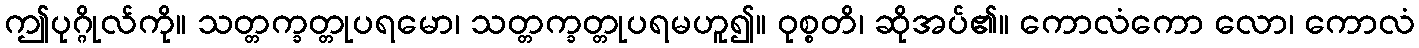
ဤပုဂ္ဂိုလ်ကို။ သတ္တက္ခတ္တုပရမော၊ သတ္တက္ခတ္တုပရမဟူ၍။ ဝုစ္စတိ၊ ဆိုအပ်၏။ ကောလံကော လော၊ ကောလံ